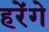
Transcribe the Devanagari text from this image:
हरेंगे